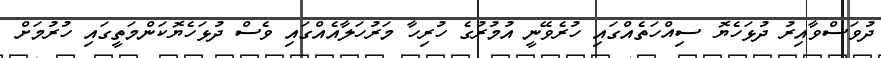
ދުވަސްވާއިރު ދުޅަހެޔޮ ސިއްހަތެއްގައި ހުރެވޭނީ އުމުރުގެ ހުރިހާ މަރުހަލާއެއްގައި ވެސް ދުޅަހެޔޮކަންމަތީގައި ހުރުމަށް